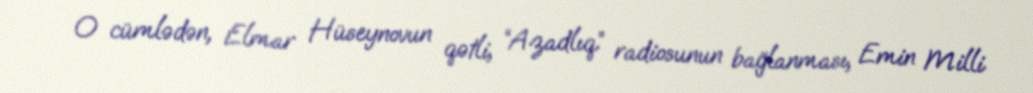
O cümlədən, Elmar Hüseynovun qətli, “Azadlıq” radiosunun bağlanması, Emin Milli